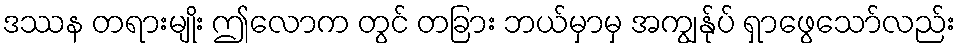
ဒဿန တရားမျိုး ဤလောက တွင် တခြား ဘယ်မှာမှ အကျွန်ုပ် ရှာဖွေသော်လည်း